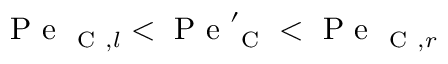
\mathrm { ~ P ~ e ~ } _ { \mathrm { ~ C ~ } , l } < \mathrm { ~ P ~ e ~ } _ { \mathrm { ~ C ~ } } ^ { \prime } < \mathrm { ~ P ~ e ~ } _ { \mathrm { ~ C ~ } , r }